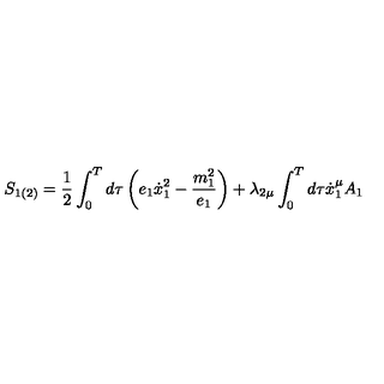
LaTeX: S _ { 1 ( 2 ) } = \frac 1 2 \int _ { 0 } ^ { T } d \tau \left( e _ { 1 } \dot { x } _ { 1 } ^ { 2 } - \frac { m _ { 1 } ^ { 2 } } { e _ { 1 } } \right) + \lambda _ { 2 \mu } \int _ { 0 } ^ { T } d \tau \dot { x } _ { 1 } ^ { \mu } A _ { 1 }